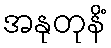
အနုတုနိံ